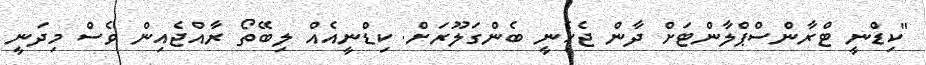
"ކިޑްނީ ޓްރާންސްޕްލާންޓަށް ދާން ޖެހެނީ ބެންގަލޫރަށް. ކިޑްނީއެއް ލިބޭތޯ ރާއްޖެއިން ވެސް މިދަނީ